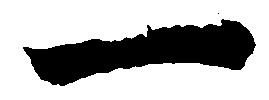
一